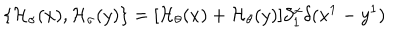
\{ { \cal H } _ { \sigma } ( x ) , { \cal H } _ { \sigma } ( y ) \} = [ { \cal H } _ { \theta } ( x ) + { \cal H } _ { \theta } ( y ) ] \partial _ { 1 } ^ { x } \delta ( x ^ { 1 } - y ^ { 1 } )